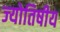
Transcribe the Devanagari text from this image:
ज्‍योतिषीय